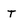
Character: T